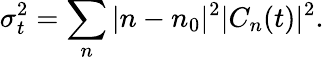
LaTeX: \sigma_{t}^{2}=\sum_{n}|n-n_{0}|^{2}|C_{n}(t)|^{2}.